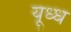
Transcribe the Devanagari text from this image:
यूध्ध